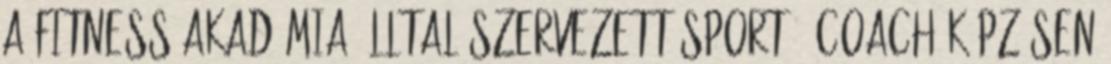
a Fitness Akadémia álltal szervezett Sport - Coach képzésen